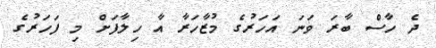
ދެ ހާސް ބާރަ ވަނަ އަހަރުގެ މުޒާހަރާ އާ ހިލާފަށް މި ފަހަރުގެ